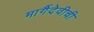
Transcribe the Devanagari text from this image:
मार्गैदेवीची